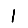
Digit: 1